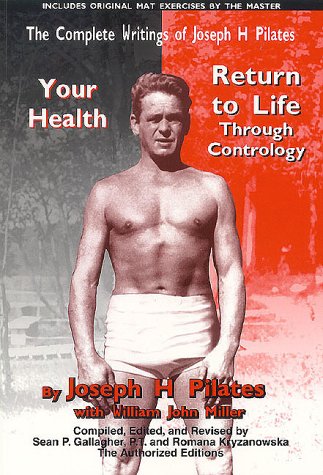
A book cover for The Complete Writings of Joseph H. Pilates: Return to Life Through Contrology and Your Health - The Authorized Editions; Sean P. Gallagher; Health, Fitness & Dieting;